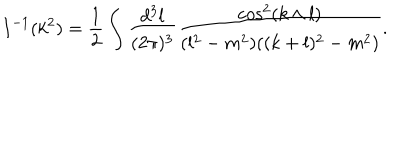
I ^ { - 1 } ( k ^ { 2 } ) = \frac 1 2 \int \frac { d ^ { 3 } l } { ( 2 \pi ) ^ { 3 } } \frac { \cos ^ { 2 } ( k \wedge l ) } { ( l ^ { 2 } - m ^ { 2 } ) ( ( k + l ) ^ { 2 } - m ^ { 2 } ) } .